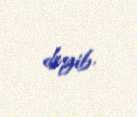
deyib.